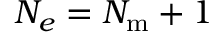
N _ { e } = N _ { \mathrm { m } } + 1